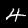
Digit: 4